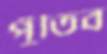
পুঁতিব